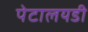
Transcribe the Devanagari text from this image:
पेटालयडी